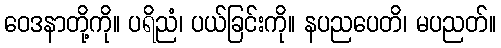
ဝေဒနာတို့ကို။ ပရိညံ၊ ပယ်ခြင်းကို။ နပညပေတိ၊ မပညတ်။